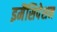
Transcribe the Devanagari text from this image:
इमैंसिपेशन